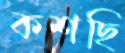
কশছি